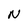
Character: N